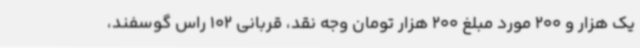
یک هزار و 200 مورد مبلغ 200 هزار تومان وجه نقد، قربانی 102 راس گوسفند،